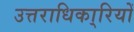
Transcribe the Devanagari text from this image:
उत्तराधिका्रियों